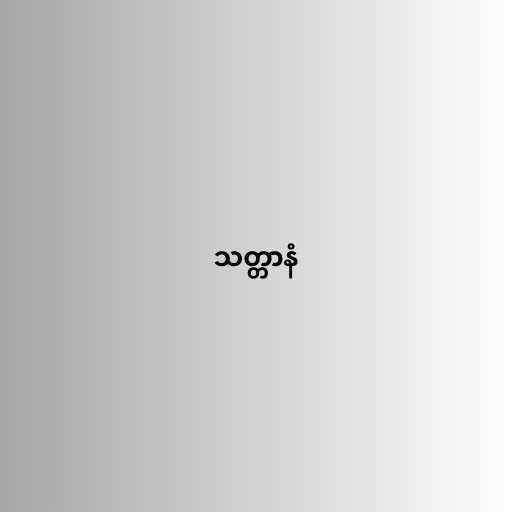
သတ္တာနံ